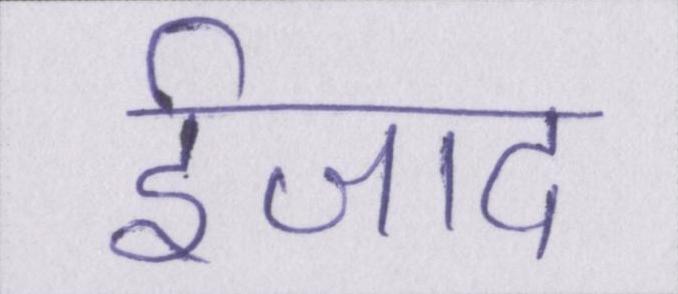
ईजाद